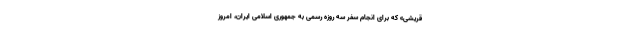
قریشی» که برای انجام سفر سه روزه رسمی به جمهوری اسلامی ایران، امروز